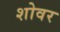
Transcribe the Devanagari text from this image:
शोवर